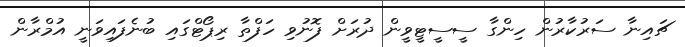
ޗައިނާ ސަރުކާރުން ހިންގާ ސީސީޓީވީން ދުރަށް ފޮނުވި ހަފްތާ ރިޕޯޓްގައި ބުނެފައިވަނީ އުމްރާން